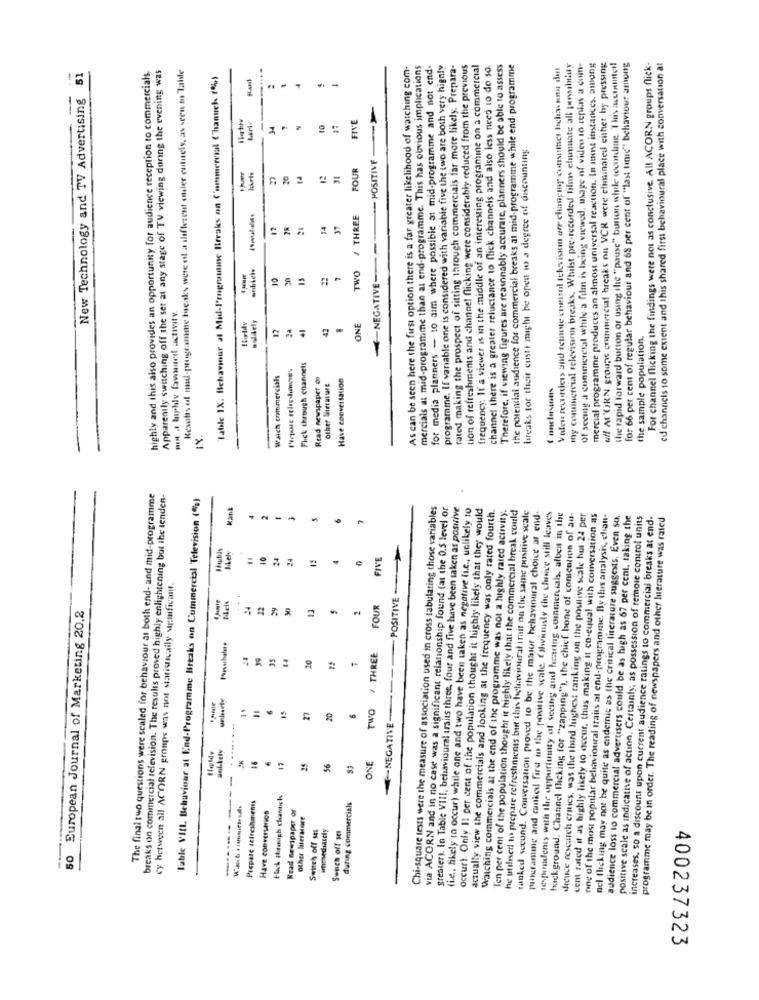
the rapid forward button or using the "pause" button while weconkog. I his accomod!
Apparently switching off the set at any stage of TV viewing during the evening was
Resotrs ol mad-programme tweaks were ot a different ouler eutuels, as seen mu Table
As can be seen here the first option there is a far greater likelihood of watching com-
mercials at mid-programme than al end-programme. This has obvious implications
for media planners - 10 aim where possible at mid-programme and not end-
programme. If variable one is considered with variable five the two are both very highly
rated making the prospect of sitting through commercials far more likely. Prepara-
tion of refreshments and channel flicking were considerably reduced from the previous
frequency. If a viewer is in the middle of an interesting programine on a commercial
channel there is a greater reluctance to flick channels and also less need to do so.
Therefore, if viewing figures are reasonably accurate, planners should be able to assess
the potential audience for commercial breaks at mid-programme while end programme
Valeu recorders and remote control televisa are changing consumer below una del
my commercial television breaks, Whilst pre-recorded films elnnmate all punsilniuy
Of seeing a commeresal while a film is being viewed, usage of videu to reply a com-
mercial programme produces an almost universal reaction. In most instances, among
uff AL'OKN groups commercial breaks on VCR were eliminated either by pressing
for 66 per cent of regular behaviour and 68 per cent of "last time" behaviour among
For channel flicking the findings were not as conclusive All ACORN groups flick-
eu channels to some extent and this shared first behavioural place with conversation at
51
highly and this also provides an opportunity for audience reception to commercials.
Table IX. Behaviour al Mid-I'engrauune Breaks on Commercial C'hanuch 16)
New Technology and TV Advertising
FIVE
34
10
breaks tor their custi might be open wo a degree of discounting.
POSITIVE
FOUR
ri
/ THREE
TWO
-NEGATIVE
moldely
12
ONE
the sample population.
Flick through channels
Waich commercials
Read newspaper On
Have conversation
Other Iteraltre
IX.
The final two questions were scaled for behaviour al both end- and mid-programme
breaks on commercial television. The results proved highly enlightening but ibe tenden-
Table VIII. Behaviour at End-Programme Breaks on Commercial Television (%)
Kank
Chi-square tests were the measure of association used in cross tabulating those variables
via ACORN and in no case was a significant relationship found (at the 0.5 level or
greater). In Table VIII, behavioural traits three, four and five have been taken as positive
(i.e ., likely to occur) while one and two have been taken as negative (i.e ., unlikely to
occurt. Only 11 per cent of the population thought it highly likely that they would
actually view the commercials and looking at the frequency was only rated fourth.
Watching commercials at the end of the programme was not a highly rated activity.
"T'en per cent of the population thought it highly likely that the commercial break could
he utilised to prepare refreshments but this belowvioural irait on the same positive scale
tanked second. Conversation proved to be the major behavioural choice at end.
mogramme and canked first in the positive scale. Obviously the choice still leaves
tesparadens with the opportunity of seeing and hearing commercials, aften in the
Hack ground. Channel Ileking for "zapping"), the chief bone of concation of au-
dience research cruics, was the third highest ranking on the positive scale hat 24 per
cent rated it as highly likely to occur, thus making it co-equal with conversation as
one of the most popular belsvioural traits al end-programme. By this analysis, clan-
nel flicking may not be quite as endernic as the critical literature suggests. Even so,
audience loss to commercial advertisers could be as high as 67 per cent, taking the
positive scale as indicative of action. Certainty, as possession of remote control units
increases, so a discount upon current audience ratings to commercial breaks at end-
programme may be in order. The reading of newspapers and other literature was rated
-
-
15
FIVE
=
-
cy between all ACORN groups was not statistically significant.
POSITIVE
FOUR
European Journal of Marketing 20,2
/ THREE
20
Two
-- NEGATIVE-
20
Haldy
ONE
-
------
Flack #hrough chantich
Prepare refreshments
during commercials
Have conversation
Krad newspaper or
other literature
Switch off set
immediately
Switch off se
60
400237323